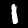
Digit: 1